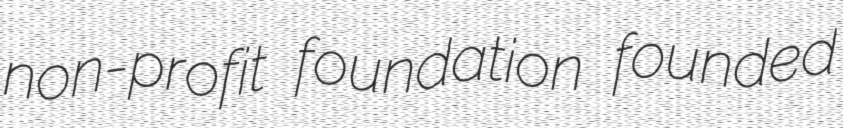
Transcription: non-profit foundation founded